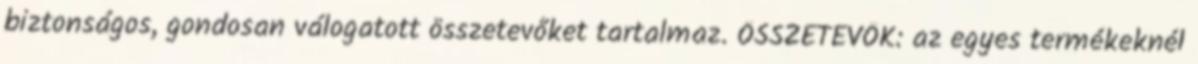
biztonságos, gondosan válogatott összetevőket tartalmaz. ÖSSZETEVŐK: az egyes termékeknél